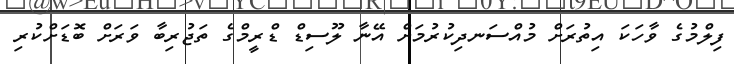
ފިލްމުގެ ވާހަކަ އިތުރަށް މުއްސަނދިކުރުމަށް އޭނާ ލޫސިޑް ޑްރީމްގެ ތަޖުރިބާ ވަރަށް ބޮޑަށްކުރި